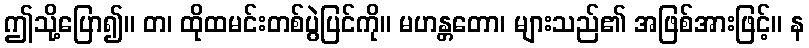
ဤသို့ပြော၍။ တ၊ ထိုထမင်းတစ်ပွဲပြင်ကို။ မဟန္တတော၊ များသည်၏ အဖြစ်အားဖြင့်။ န